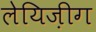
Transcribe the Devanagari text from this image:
लेयिज़ीग